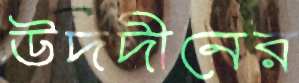
উদদীনের